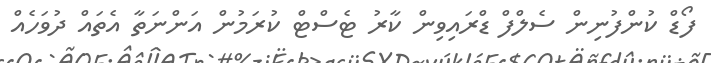
ފޯޑް ކުންފުނިން ސެލްފް ޑްރައިވިން ކާރު ޓެސްޓް ކުރަމުން އަންނަތާ އެތައް ދުވަހެއް